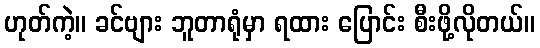
ဟုတ်ကဲ့။ ခင်ဗျား ဘူတာရုံမှာ ရထား ပြောင်း စီးဖို့လိုတယ်။